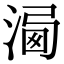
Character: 𣹍